Reports on dispensaries and lunatic asylums in the Province of Oudh - 1869-1876
Year: 1869
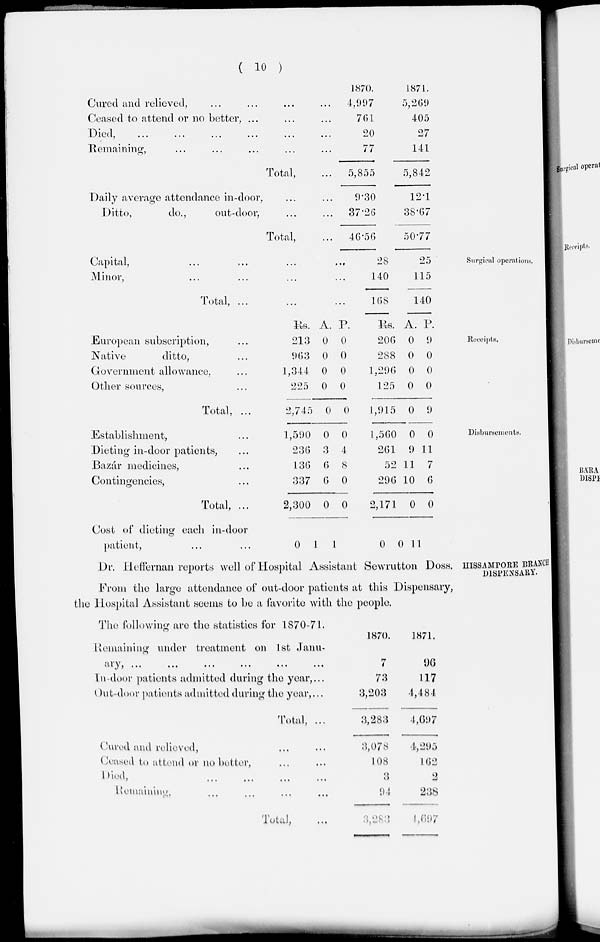
( 10 )
Cured and relieved, ... ... ... ...
Ceased to attend or no better, ... ... ...
Died,
...
...
...
...
...
...
Remaining, ... ... ... ... ...
Total, ...
Daily average attendance in-door, ... ...
Ditto,
do.,
out-door, ... ...
Total, ...
1870.
4,997
761
20
77
5,855
9.30
37.26
46.56
1871.
5,269
405
27
141
5,842
12.1
38.67
50.77
Surgical operations.
Capital, ... ... ... ...
Minor, ... ... ... ...
Total, ... ... ...
28
140
168
25
115
140
Receipts.
European subscription, ...
Native
ditto, ...
Government allowance, ...
Other sources, ...
Total, ...
Rs.
213
963
1,344
225
2,745
A.
0
0
0
0
0
P.
0
0
0
0
0
Rs.
206
288
1,296
125
1,915
A.
0
0
0
0
0
P.
9
0
0
0
9
Disbursements.
Establishment, ...
Dieting in-door patients, ...
Bazár medicines, ...
Contingencies, ...
Total, ...
Cost of dieting each in-door
patient, ... ...
1,590
236
136
337
2,300
0
0
3
6
6
0
1
0
4
8
0
0
1
1,560
261
52
296
2,171
0
0
9
11
10
0
0
0
11
7
6
0
11
HISSAMPORE BRANCH
DISPENSARY.
Dr. Heffernan reports well of Hospital Assistant Sewrutton Doss.
From the large attendance of out-door patients at this Dispensary,
the Hospital Assistant seems to be a favorite with the people.
The following are the statistics for 1870-71.
Remaining under treatment on 1st Janu-
ary, ... ... ... ... ... ...
In-door patients admitted during the year, ...
Out-door patients admitted during the year, ...
Total, ...
Cured and relieved, ... ...
Ceased to attend or no better, ... ...
Died, ... ... ... ...
Remaining, ... ... ... ...
Total, ...
1870.
7
73
3,203
3,283
3,078
108
3
94
3,283
1871.
96
117
4,484
4,697
4,295
162
2
238
1,697